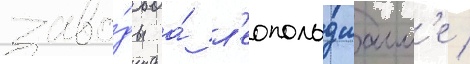
заво́ды а́ л'еопольдшалл'е /